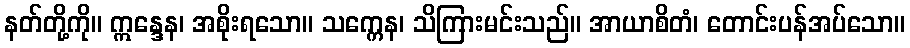
နတ်တို့ကို။ ဣန္ဒေန၊ အစိုးရသော။ သက္ကေန၊ သိကြားမင်းသည်။ အာယာစိတံ၊ တောင်းပန်အပ်သော။